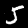
Label: 5